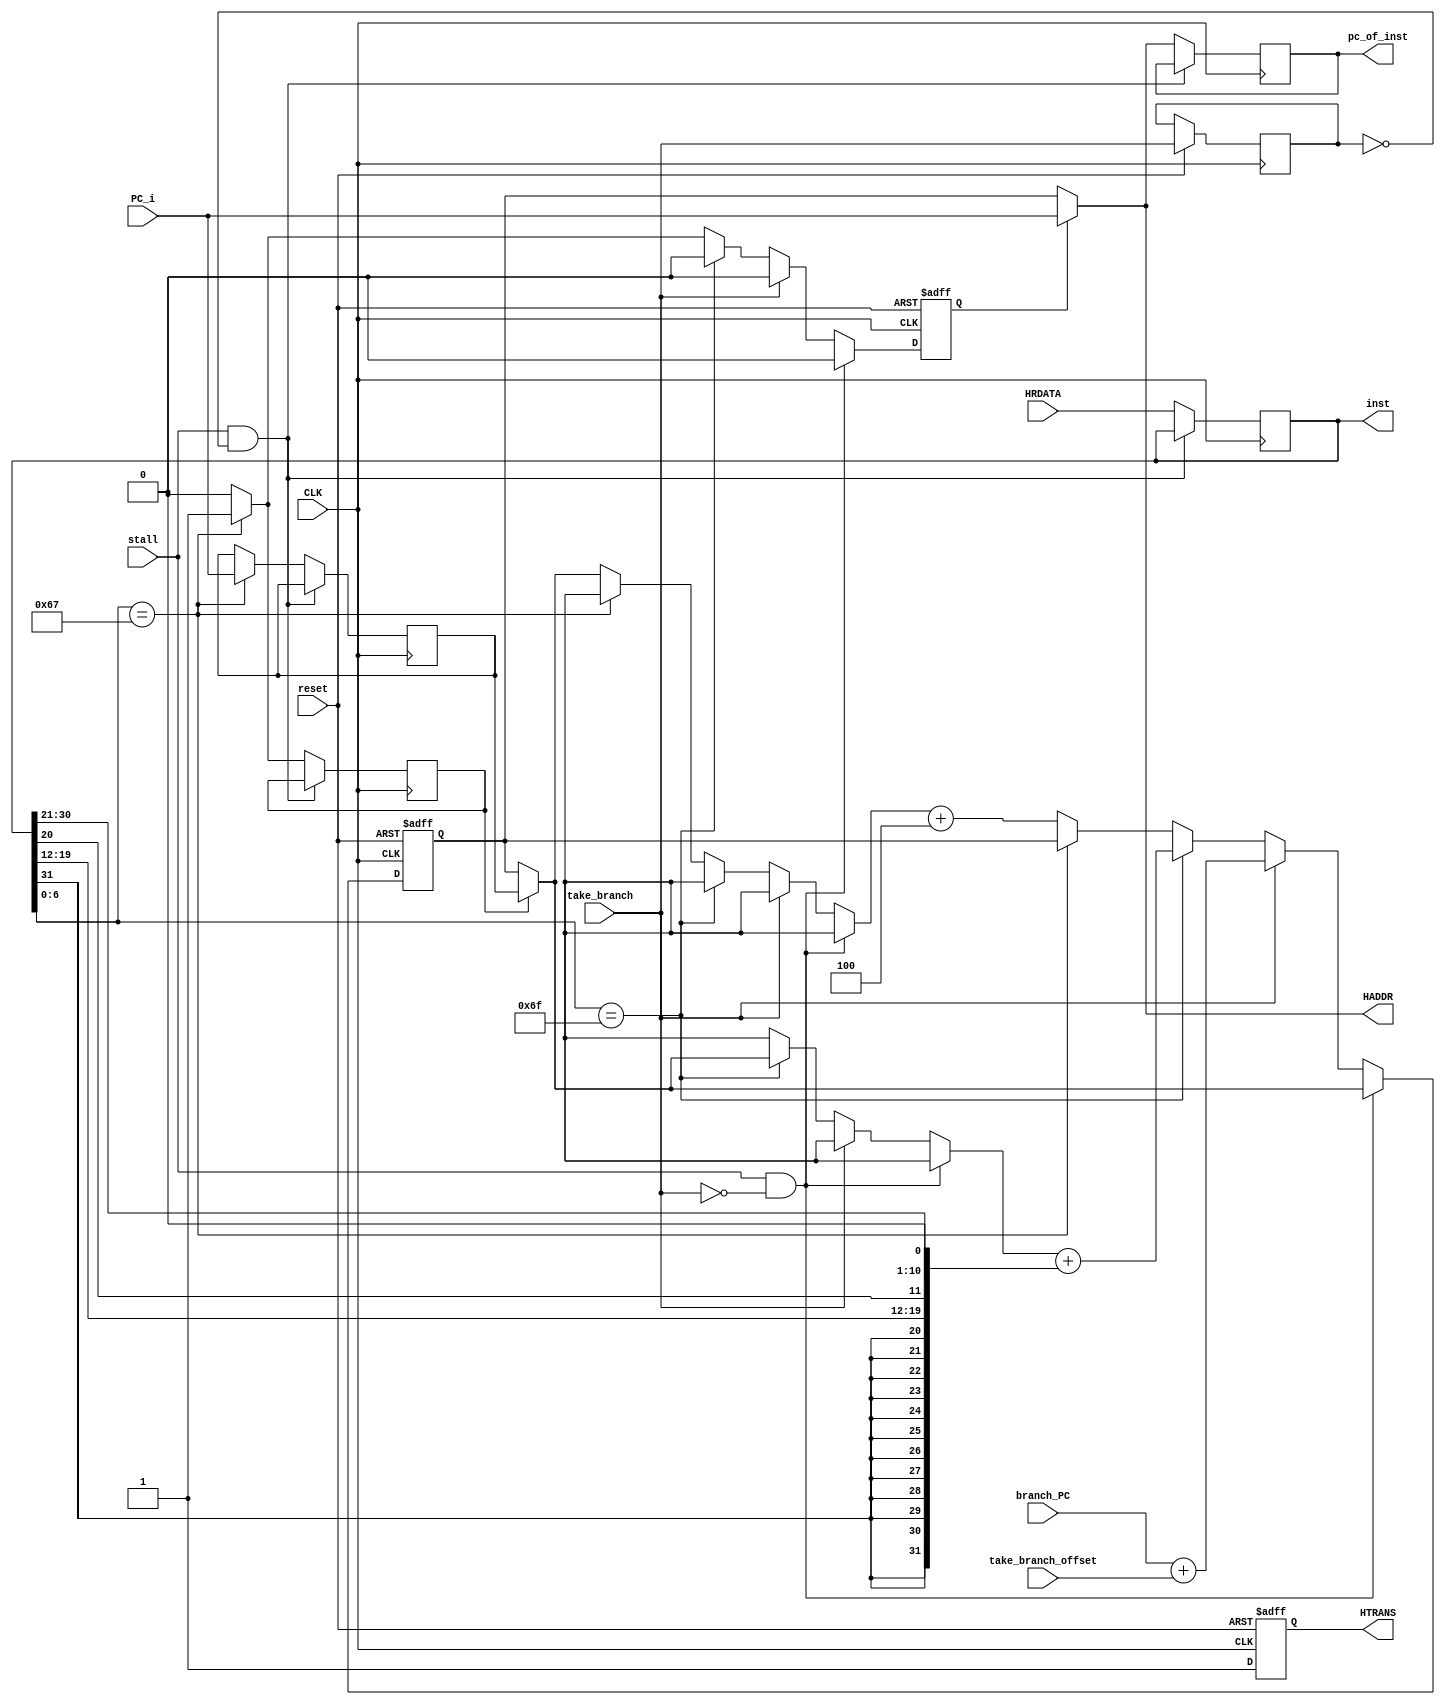
module inst_fetch(
    input CLK,
    input reset,
    input stall,
    input take_branch,
    input [31:0] branch_PC,
    input [31:0] take_branch_offset,
    input [31:0] PC_i,
    input [31:0] HRDATA,
    output wire [31:0] HADDR,
    output reg [31:0] pc_of_inst,
    output reg [31:0] inst,
    output reg HTRANS
);

parameter JAL = 7'b1101111;
parameter JALR = 7'b1100111;

/* use the address by if or by the outside */
reg addr_mux = 0;

reg take_branch_reg = 0;

reg [31:0] PC_tmp;
reg [31:0] PC_jalr;
reg jalr_jump = 0;

assign HADDR = addr_mux ? PC_i : PC_tmp;

function [31:0] get_pc;
    input use_jalr_pc;
    begin
        if(use_jalr_pc) begin
            get_pc = PC_jalr;
        end
        else begin
            get_pc = PC_tmp;
        end
    end
endfunction

always @ (posedge CLK or negedge reset) begin
    if(!reset) begin
        PC_tmp <= 64'b0;
        HTRANS <= 1;
        addr_mux <= 0;
    end
    else begin
        take_branch_reg <= take_branch;
        if(stall && !take_branch) begin
            PC_tmp <= get_pc(jalr_jump);
            HTRANS <= 1;
            addr_mux <= 0;
        end
        else begin
            if(take_branch) begin
                PC_tmp <= branch_PC + take_branch_offset;
                addr_mux <= 0;
            end
            else if(inst[6:0] == JAL) begin
                /* if the last instruction is JALx, jump now */
                PC_tmp <= get_pc(jalr_jump) + {{(11){inst[31]}},inst[31],inst[19:12],
                    inst[20],inst[30:21],1'b0};
                addr_mux <= 0;
            end
            else if(inst[6:0] == JALR) begin
                addr_mux <= 1;
            end
            else begin
                PC_tmp <= get_pc(jalr_jump) + 4;
                addr_mux <= 0;
            end
            HTRANS <= 1;
        end
    end
end

always @ (negedge CLK) begin
    if((stall) && !take_branch_reg) begin
        inst <= inst;
        pc_of_inst <= pc_of_inst;
    end
    else begin
        inst <= HRDATA;
        pc_of_inst <= HADDR;
        if(inst[6:0] == JALR) begin
            PC_jalr <= PC_i;
            jalr_jump <= 1;
        end
        else begin
            jalr_jump <= 0;
        end
    end
end

endmodule